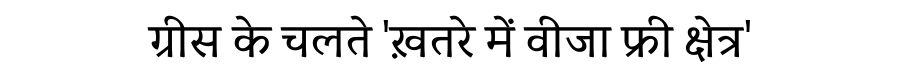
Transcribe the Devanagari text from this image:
ग्रीस के चलते 'ख़तरे में वीजा फ्री क्षेत्र'